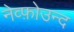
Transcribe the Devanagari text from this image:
नेव्फ़ोउन्द